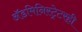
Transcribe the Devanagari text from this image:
अॅडमिनिस्ट्रेटरही